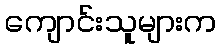
ကျောင်းသူများက